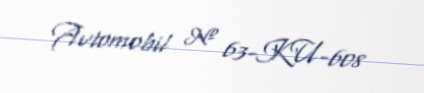
Avtomobil № 63-KU-608